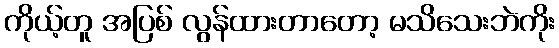
ကိုယ့်တူ အပြစ် လွန်ထားတာတော့ မသိသေးဘဲကိုး